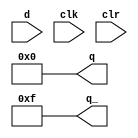
module sn74ls175(q, q_, d, clk, clr);
input [3:0] d;
input clk, clr;
output [3:0] q, q_;
reg [3:0] ff;

parameter
	tPLH_min=0, tPLH_typ=20, tPLH_max=30,		// worst case (CLR time)
	tPHL_min=0, tPHL_typ=20, tPHL_max=30;

initial
begin
	ff = 4'bxxxx;
end

always @(clr==0)
begin
	ff <= 0;
end

always @(posedge clk)
begin
	if (clr==1)
		ff <= d;
end

assign #(tPLH_min:tPLH_typ:tPLH_max, tPHL_min:tPHL_typ:tPHL_max)
	q = ff;
assign #(tPLH_min:tPLH_typ:tPLH_max, tPHL_min:tPHL_typ:tPHL_max)
	q_ = ~ff;

endmodule